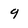
Character: 9